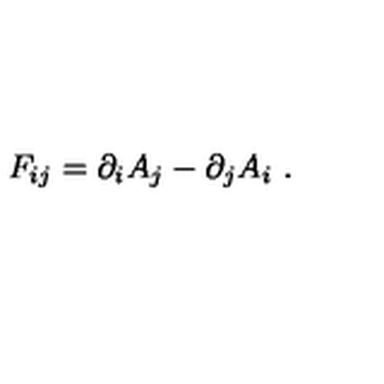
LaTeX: F _ { i j } = \partial _ { i } A _ { j } - \partial _ { j } A _ { i } \ .